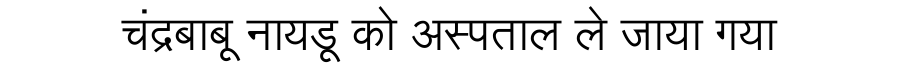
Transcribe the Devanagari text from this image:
चंद्रबाबू नायडू को अस्पताल ले जाया गया